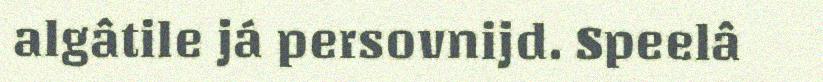
algâtile já persovnijd. Speelâ